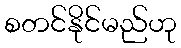
စတင်နိုင်မည်ဟု